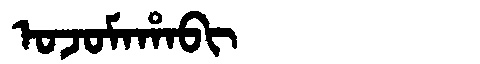
Manchu: ᠣᠵᠣᠮᠠᡥᠠᠪᡳ
Romanization: OJOMAHABI